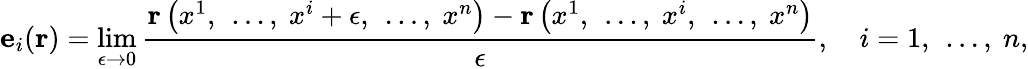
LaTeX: \mathbf{e}_{i}(\mathbf{r})=\operatorname*{lim}_{\epsilon\rightarrow 0}{\frac{\mathbf{r}\left(x^{1},\ \dots,\ x^{i}+\epsilon,\ \dots,\ x^{n}\right)-\mathbf{r}\left(x^{1},\ \dots,\ x^{i},\ \dots,\ x^{n}\right)}{\epsilon}},\quad i=1,\ \dots,\ n,